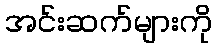
အင်းဆက်များကို